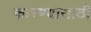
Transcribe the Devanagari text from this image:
कारण्यासाठी